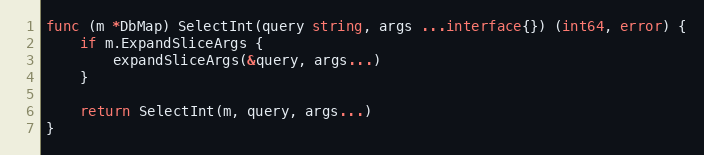
Language: Go
func (m *DbMap) SelectInt(query string, args ...interface{}) (int64, error) {
	if m.ExpandSliceArgs {
		expandSliceArgs(&query, args...)
	}

	return SelectInt(m, query, args...)
}